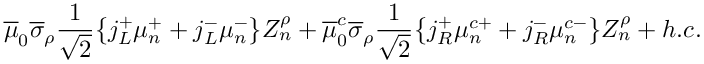
\overline { { { \mu } } } _ { 0 } \overline { { { \sigma } } } _ { \rho } \frac { 1 } { \sqrt { 2 } } \big \{ j _ { L } ^ { + } \mu _ { n } ^ { + } + j _ { L } ^ { - } \mu _ { n } ^ { - } \big \} Z _ { n } ^ { \rho } + \overline { { { \mu } } } _ { 0 } ^ { c } \overline { { { \sigma } } } _ { \rho } \frac { 1 } { \sqrt { 2 } } \big \{ j _ { R } ^ { + } \mu _ { n } ^ { c + } + j _ { R } ^ { - } \mu _ { n } ^ { c - } \big \} Z _ { n } ^ { \rho } + h . c .